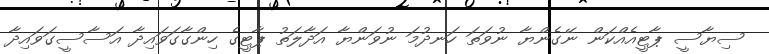
ސިޔާސީ ޕާޓީއެއްކަން ނޭގެންޔާ ނުވަތަ ހަނދުމަ ނުވަންޔާ އަދާލަތު ޕާޓީގެ ހިންގާގަވައިދާ އަސާސީގަވައިދާ